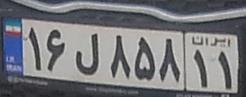
۱۶ل۸۵۸۱۱